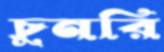
চুনরি